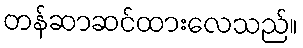
တန်ဆာဆင်ထားလေသည်။